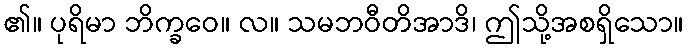
၏။ ပုရိမာ ဘိက္ခဝေ။ လ။ သမဘဝီတိအာဒိ၊ ဤသို့အစရှိသော။